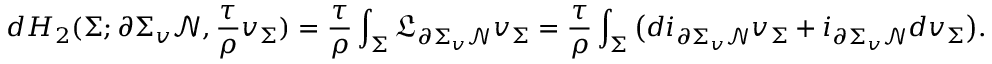
d H _ { 2 } ( \Sigma ; \partial \Sigma _ { v } \mathcal { N } , \frac { \tau } { \rho } v _ { \Sigma } ) = \frac { \tau } { \rho } \int _ { \Sigma } \mathfrak { L } _ { \partial \Sigma _ { v } \mathcal { N } } v _ { \Sigma } = \frac { \tau } { \rho } \int _ { \Sigma } \big ( d i _ { \partial \Sigma _ { v } \mathcal { N } } v _ { \Sigma } + i _ { \partial \Sigma _ { v } \mathcal { N } } d v _ { \Sigma } \big ) .